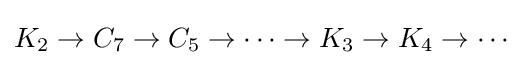
K_{2}\to C_{7}\to C_{5}\to \cdots \to K_{3}\to K_{4}\to \cdots